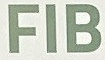
FIB